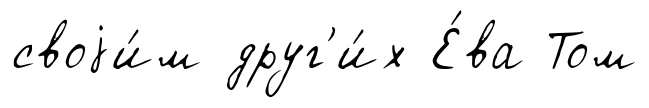
своjи́м друг'и́х Е́ва Том